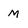
Character: M